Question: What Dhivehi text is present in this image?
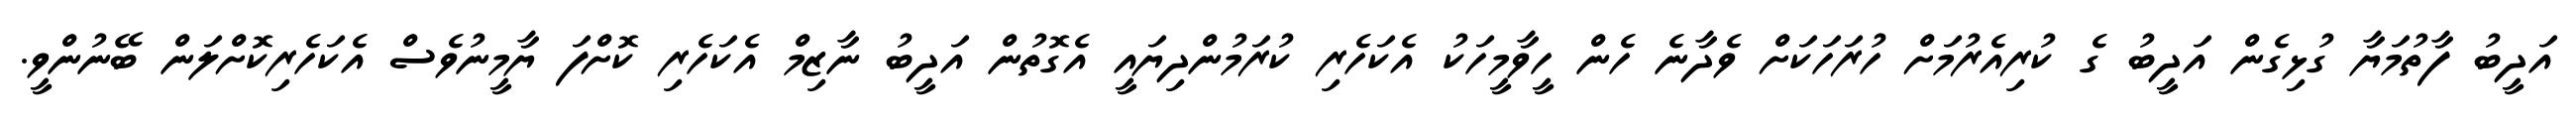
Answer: އަދީބު ފާތުމަޔާ ގުޅިގެން އަދީބު ގެ ކުރިއެރުމަށް ހުރަހަކަށް ވެދާނެ ހެން ހީވާމީހަކު އެކަހެރި ކުރަމުންދިޔައީ އެގޮތުން އަދީބު ނާޒިމް އެކަހެރި ކޮށްފަ ޔާމީނުވެސް އެކަހެރިކޮށްލަން ބޭނުންވީ.